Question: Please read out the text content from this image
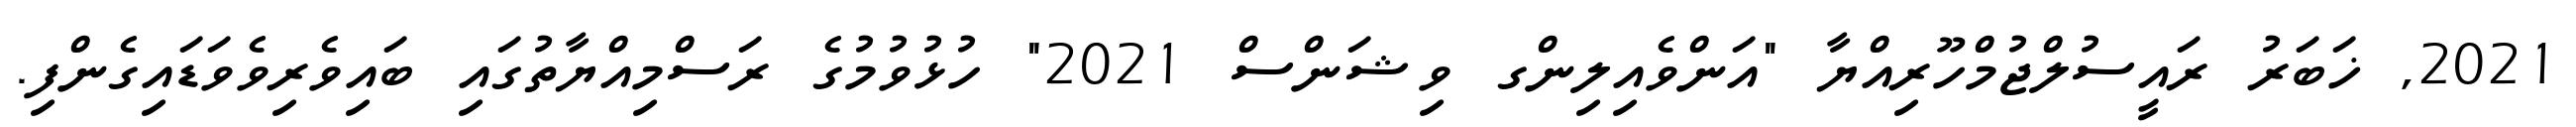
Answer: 2021, ޚަބަރު ރައީސުލްޖުމްހޫރިއްޔާ "އަންވެއިލިންގ ވިޝަންސް 2021" ހުޅުވުމުގެ ރަސްމިއްޔާތުގައި ބައިވެރިވެވަޑައިގެންފި.